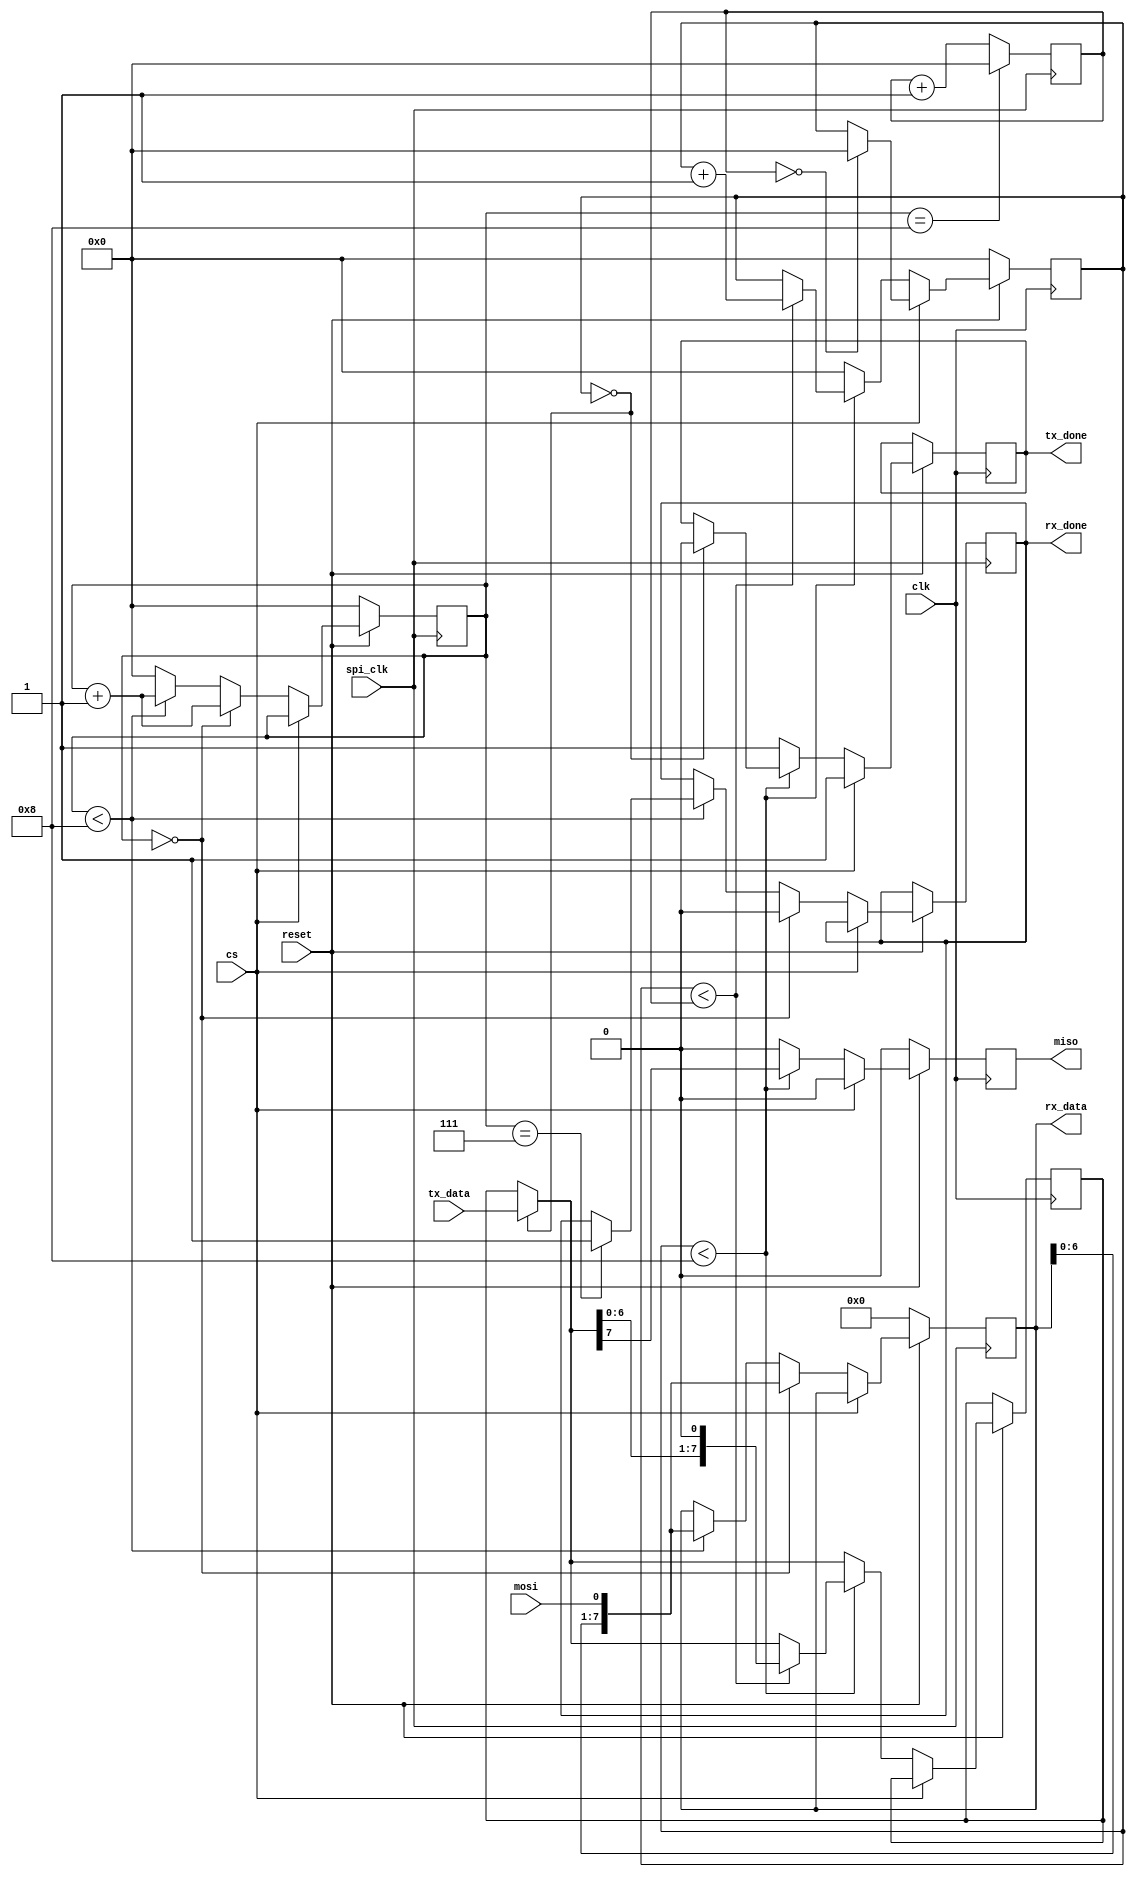
module spi_slave (
    input clk,
    input reset,
    output [7:0] rx_data,
    input [7:0] tx_data,

    //spi
    input spi_clk,
    output miso,
    input mosi,
    input cs,
    output rx_done,
    output tx_done
);

reg rx_done_r, tx_done_r, miso_r, autoreset;
reg[3:0] cont, cont_tx, cont_sclk;
reg [7:0]rx_data_r, tx_data_r;

assign rx_done = rx_done_r;
assign tx_done = tx_done_r;
assign miso = miso_r;

initial begin
    cont = 0;
    rx_data_r = 8'b0;
    rx_done_r = 1'b1;
    tx_done_r = 1'b1;
    miso_r = 0;
    cont_tx = 0;
    tx_data_r = 0;
    cont_sclk = 0;
    autoreset = 0;
end

always @(posedge spi_clk ) begin
    if(~reset) begin // isso e uma gambiarra por causa do sintetizador
        cont <= 0;
        rx_data_r <= 8'b0;
    end else if(~cs) begin
        if(cont == 0)begin
            rx_done_r <= 0;
            rx_data_r <= {rx_data_r[6:0], mosi};
            cont <= cont + 1;
        end else if(cont < 8) begin 
            rx_data_r <= {rx_data_r[6:0], mosi};
            cont <= cont + 1;
            if(cont == 7) begin
                rx_done_r <= 1;
            end
        end else begin
            cont <= 0;
        end
    end
end

always @(negedge spi_clk ) begin
    if(cont == 8) begin 
        cont_sclk <= 0;
    end
    else begin
        cont_sclk = cont_sclk + 1;
    end
end


always @(posedge clk ) begin
    if(~reset) begin // isso e uma gambiarra por causa do sintetizador
        cont_tx <= 0;
        miso_r <= 0;
    end else if(~cs) begin
        if(cont_tx == 0) begin // isso de certa forma faz um autoreset, no sei  se e legal, mas achei util
            tx_data_r = tx_data;
            tx_done_r <= 0;
        end
        if(cont_tx < 8) begin //semaphore
            miso_r <= tx_data_r[7];
            if(cont_tx < cont_sclk ) begin
                tx_data_r <= {tx_data_r[6:0], 1'b0};
                cont_tx <= cont_tx + 1;
            end
        end else begin
            tx_done_r <= 1;
            cont_tx <= 0;
            miso_r <= 0;
        end
    end else begin
        miso_r <= 0;
        tx_done_r <= 1;
        if(cont_sclk == 0) begin
            cont_tx <= 0;
        end
    end
end

assign rx_data = rx_data_r;
    
endmodule
// pra implementar diviso de clock, precisa organizar envio de acordo com spiclk